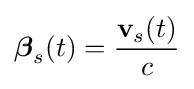
{\boldsymbol {\beta }}_{s}(t)={\frac {\mathbf {v} _{s}(t)}{c}}